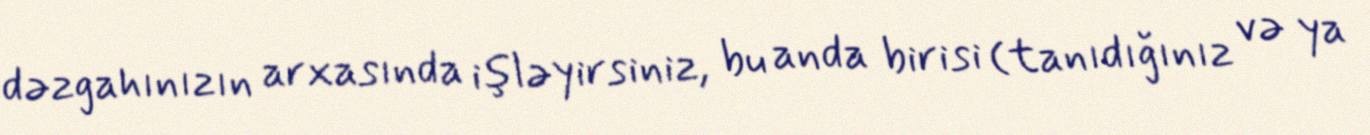
dəzgahınızın arxasında işləyirsiniz, bu anda birisi (tanıdığınız və ya